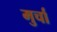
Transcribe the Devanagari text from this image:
मुर्चा